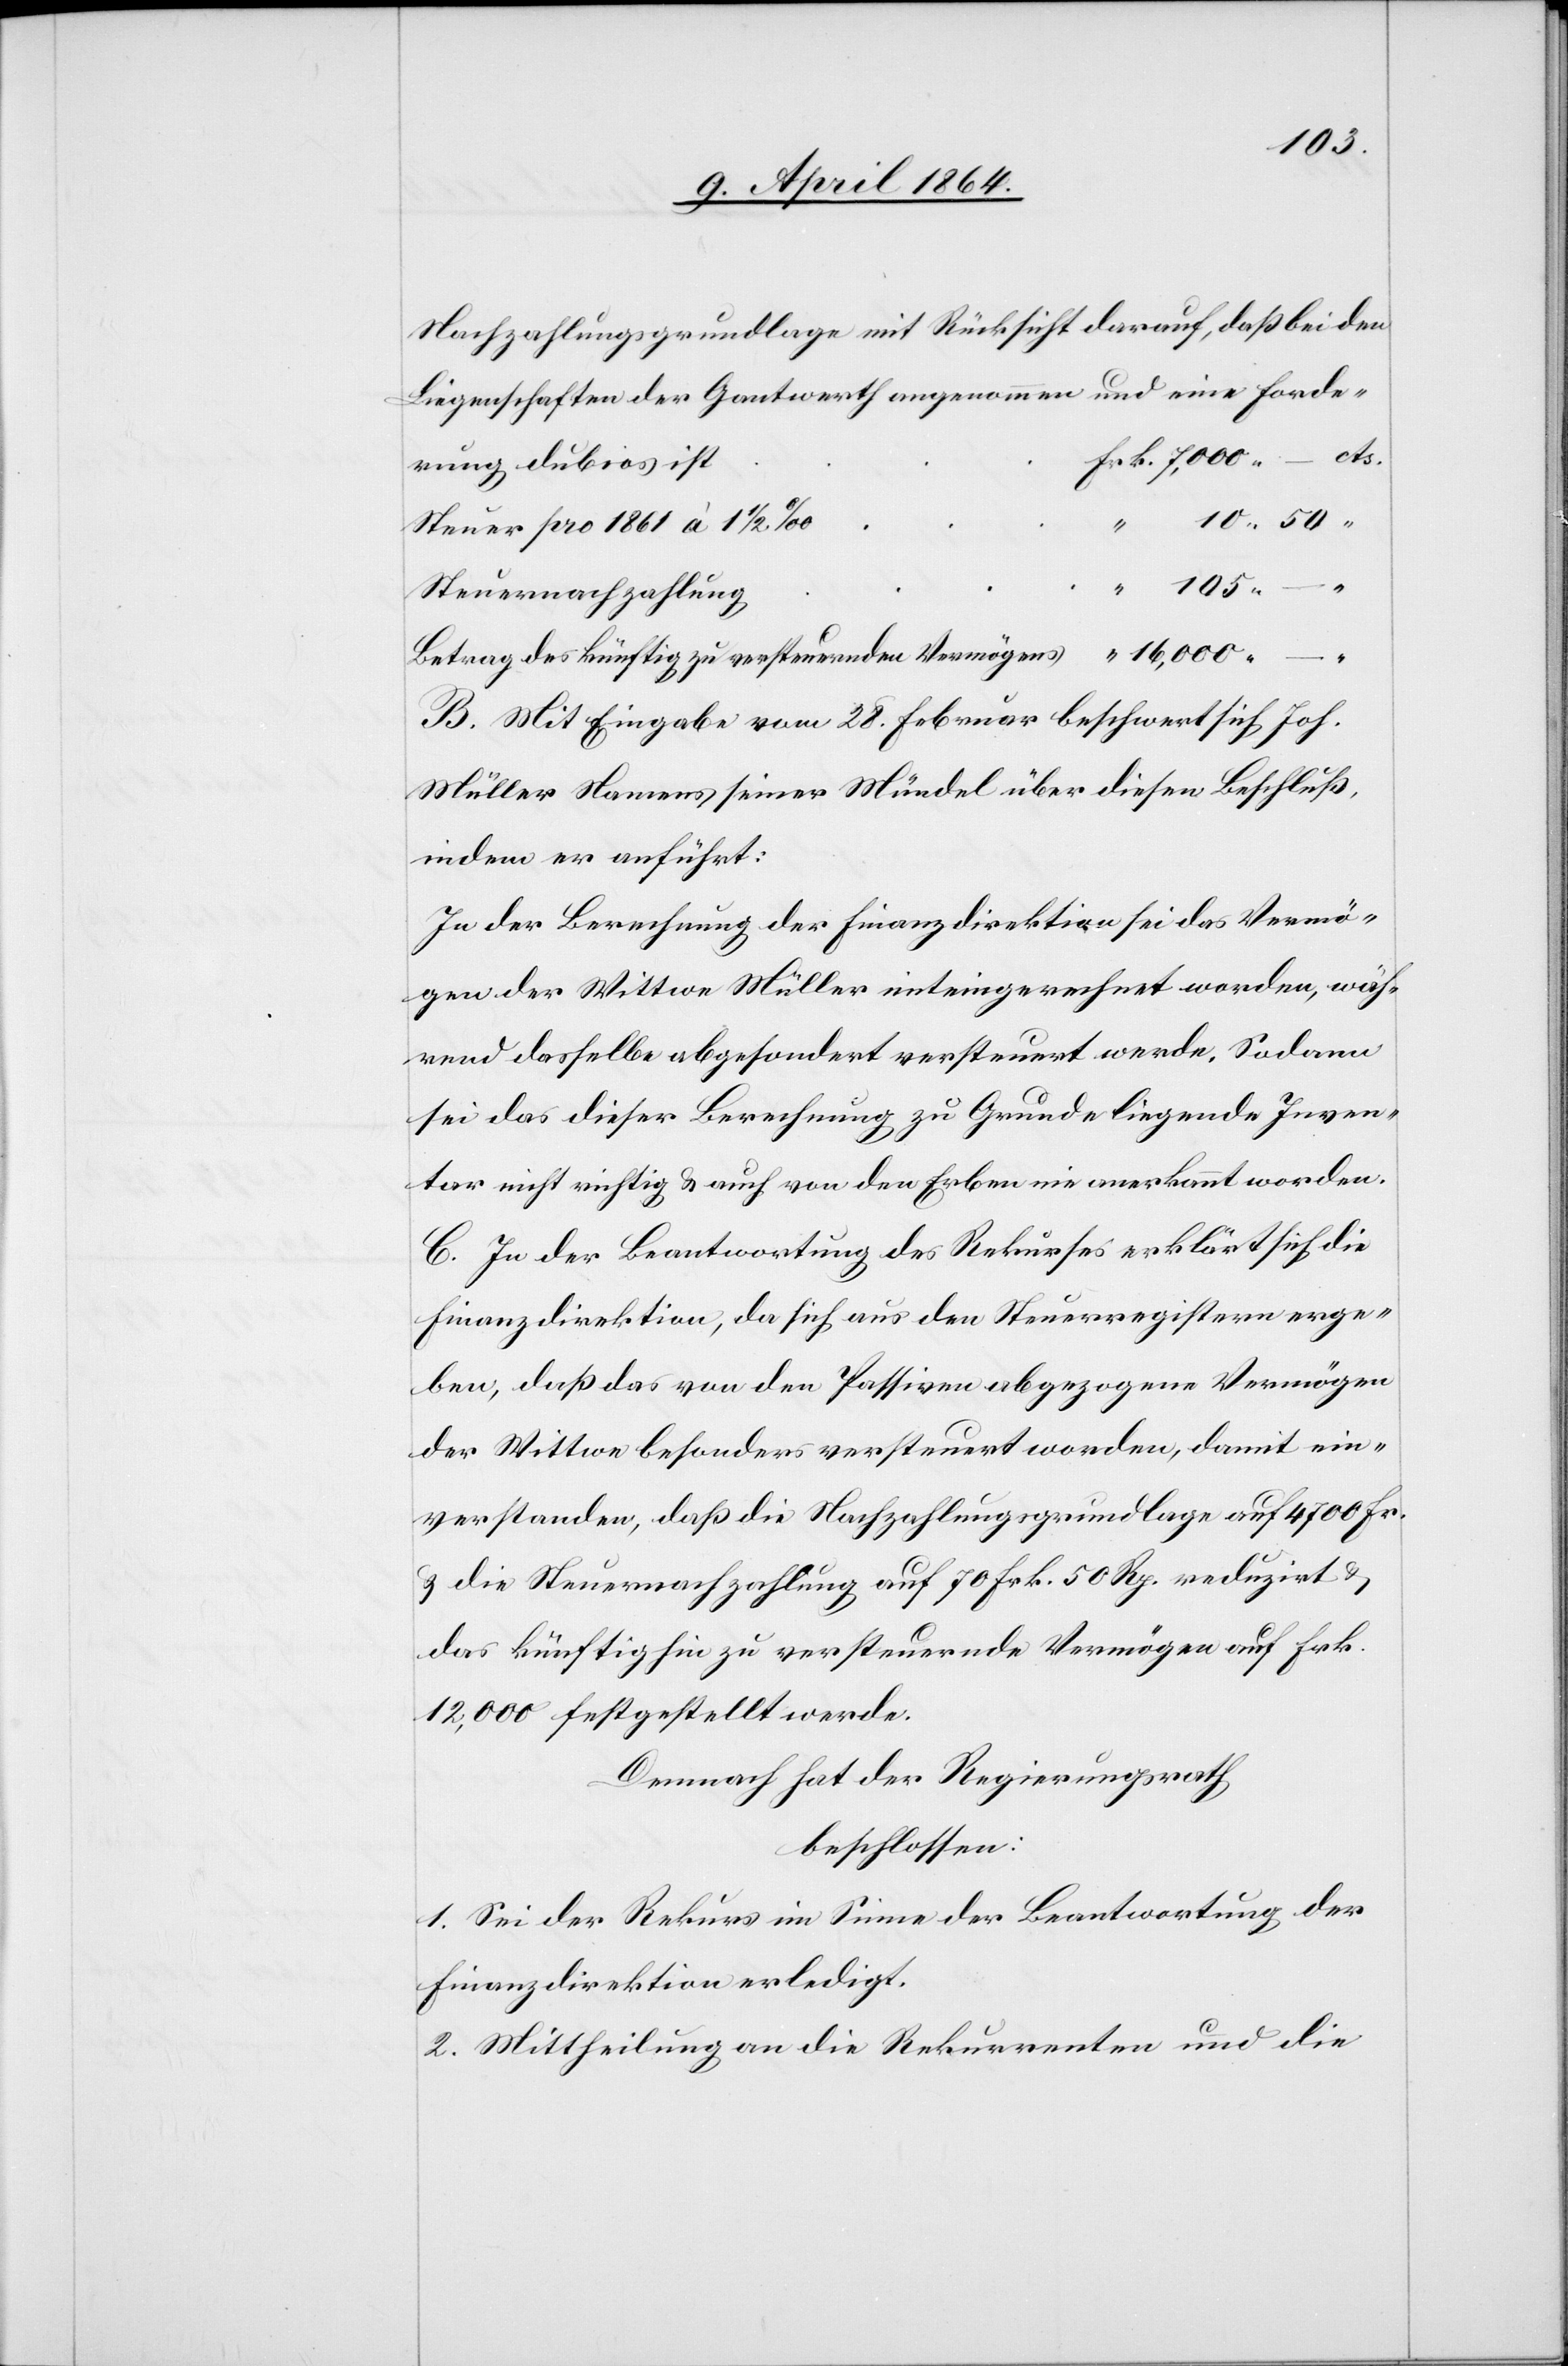
Nachzahlungsgrundlage mit Rücksicht darauf, daß bei den
Liegenschaften der Gantwerth angenommen und eine Forde¬
Steuer pro 1861 à 1 1/2
“
“ 105 –
Betrag des künftig zu versteuernden Vermögens					 “ 16,000 –
rung
B. Mit Eingabe vom 28. Februar beschwert sich Joh.
Müller Namens seiner Mündel über diesen Beschluß
indem er anführt:
In der Berechnung der Finanzdirektion sei das Vermö¬
gen der Wittwe Müller miteingerechnet worden, wäh¬
rend dasselbe abgesondert versteuert werde. Sodann
sei das dieser Berechnung zu Grunde liegende Inven¬
tar nicht richtig u. auch von den Erben nie anerkannt worden.
C. In der Beantwortung des Rekurses erklärt sich die
Finanzdirektion, da sich aus den Steuerregistern erge¬
ben, daß das von den Passiven abgezogene Vermögen
der Wittwe besonders versteuert worden, damit ein¬
verstanden, daß die Nachzahlungsgrundlage auf 4700 Fr.
u. die Steuernachzahlung auf 70 Frk. 50 Rp. reduzirt u.
das künftighin zu versteuernde Vermögen auf Frk.
12,000 festgestellt werde.
Demnach hat der Regierungsrath
beschlossen:
1. Sei der Rekurs im Sinne der Beantwortung der
Finanzdirektion erledigt.
2. Mittheilung an die Rekurrenten und die